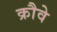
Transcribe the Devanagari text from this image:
क्रौवे